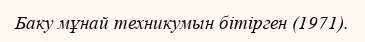
Баку мұнай техникумын бітірген (1971).